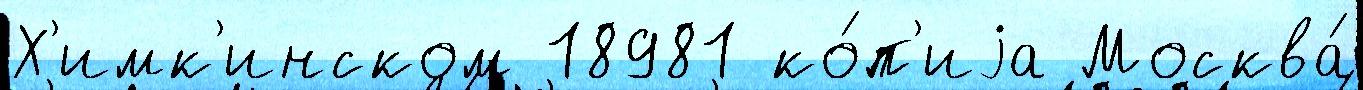
Х'имк'инском 18981 ко́п'иjа Москва́